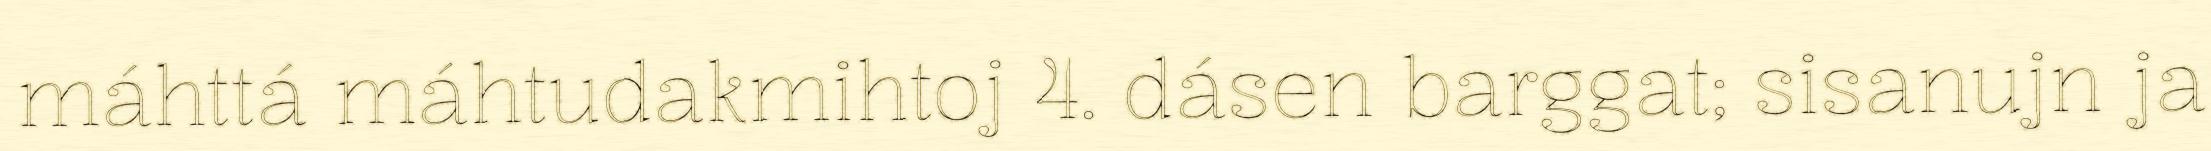
máhttá máhtudakmihtoj 4. dásen barggat; sisanujn ja